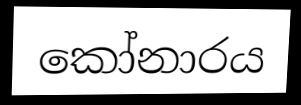
කෝනාරය